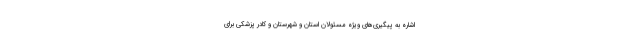
اشاره به پیگیری‌های ویژه مسئولان استان و شهرستان و کادر پزشکی برای